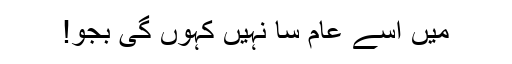
میں اسے عام سا نہیں کہوں گی بجو!